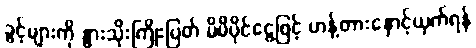
ခွင့်များကို နွားသိုးကြိုးပြတ် မိမိပိုင်ငွေဖြင့် ဟန့်တားနှောင့်ယှက်ရန်